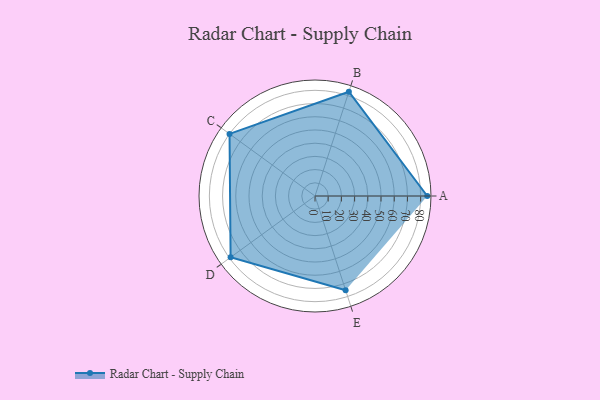
{"axis": {"x": "Skill", "y": "Score"}, "legend": ["Profile"], "data": [{"x": "A", "y": 85.0, "type": "Profile"}, {"x": "B", "y": 83.0, "type": "Profile"}, {"x": "C", "y": 80.0, "type": "Profile"}, {"x": "D", "y": 79.0, "type": "Profile"}, {"x": "E", "y": 75.0, "type": "Profile"}]}